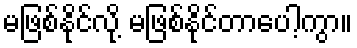
မဖြစ်နိုင်လို့ မဖြစ်နိုင်တာပေါ့ကွာ။